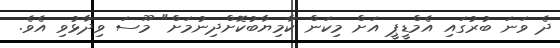
ދެ ވަނަ ބުރުގައި އެމްޑީޕީ އަށް މިކަން ކާމިޔާބުކޮށްދިނުމަށް" މޫސަ ވިދާޅުވި އެވެ.